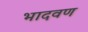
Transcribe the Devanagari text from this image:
भादवण